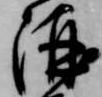
酒